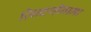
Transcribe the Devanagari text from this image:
ज़िन्दगी़नामा